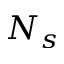
N _ { s }